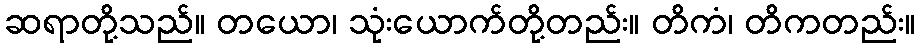
ဆရာတို့သည်။ တယော၊ သုံးယောက်တို့တည်း။ တိကံ၊ တိကတည်း။